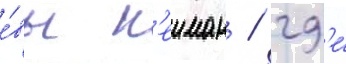
е́вы н'еиман / гд'е́